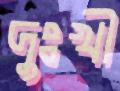
দুঃখী